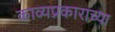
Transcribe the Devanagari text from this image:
काव्यप्रकाराच्या